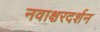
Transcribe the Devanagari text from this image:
नवाक्षरदर्शन